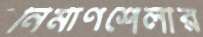
নির্মাণশৈলীর